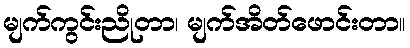
မျက်ကွင်းညိုတာ၊ မျက်အိတ်ဖောင်းတာ။